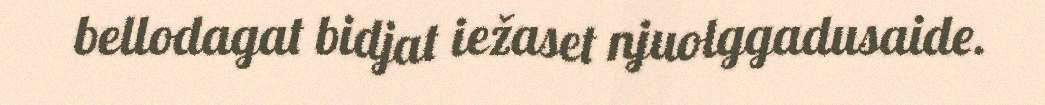
bellodagat bidjat iežaset njuolggadusaide.